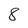
Character: 8